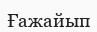
Ғажайып